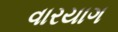
વારયાગ